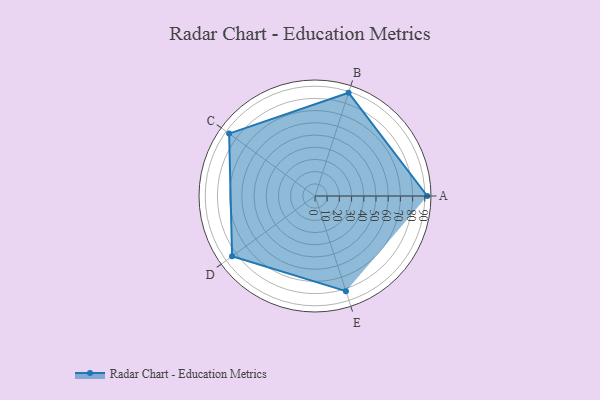
{"axis": {"x": "Skill", "y": "Score"}, "legend": ["Profile"], "data": [{"x": "A", "y": 92.0, "type": "Profile"}, {"x": "B", "y": 89.0, "type": "Profile"}, {"x": "C", "y": 87.0, "type": "Profile"}, {"x": "D", "y": 84.0, "type": "Profile"}, {"x": "E", "y": 82.0, "type": "Profile"}]}